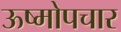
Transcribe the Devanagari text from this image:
ऊष्मोपचार